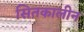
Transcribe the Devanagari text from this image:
सितकालीन